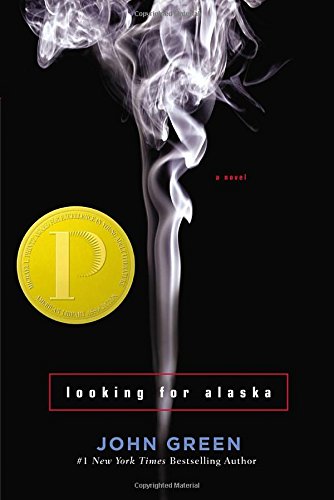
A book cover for Looking For Alaska; John Green; Literature & Fiction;